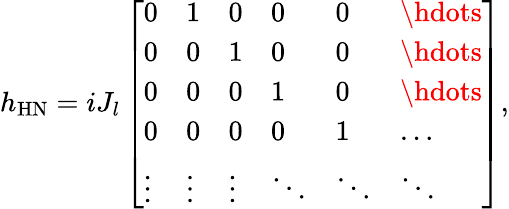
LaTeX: h_{\mathrm{HN}}=iJ_{l}\left[\begin{array}{llllll}{0}&{1}&{0}&{0}&{0}&{\hdots}\\ {0}&{0}&{1}&{0}&{0}&{\hdots}\\ {0}&{0}&{0}&{1}&{0}&{\hdots}\\ {0}&{0}&{0}&{0}&{1}&{\dots}\\ {\vdots}&{\vdots}&{\vdots}&{\ddots}&{\ddots}&{\ddots}\end{array}\right],